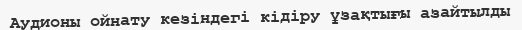
Аудионы ойнату кезіндегі кідіру ұзақтығы азайтылды